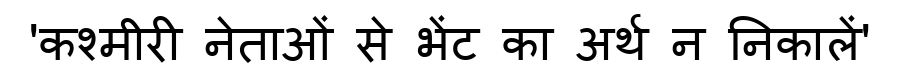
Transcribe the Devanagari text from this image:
'कश्मीरी नेताओं से भेंट का अर्थ न निकालें'